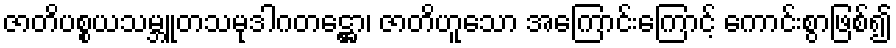
ဇာတိပစ္စယသမ္ဘူတသမုဒါဂတဋ္ဌော၊ ဇာတိဟူသော အကြောင်းကြောင့် ကောင်းစွာဖြစ်၍